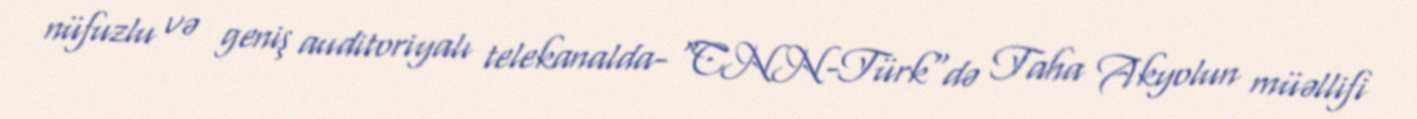
nüfuzlu və geniş auditoriyalı telekanalda- "CNN-Türk"də Taha Akyolun müəllifi